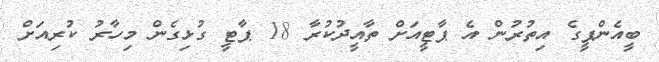
ބީއެންޕީގެ އިތުރުން އެ ޕާޓީއަށް ތާއީދުކުރާ 18 ޕާޓީ ގުޅިގެން މިހާރު ކުރިއަށް